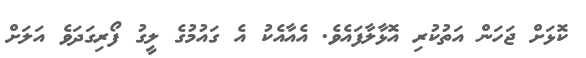
ކޮޅަށް ޖަހަން އަތުކުރި އޮޅާލާފަައެވެ. އެއާއެކު އެ ގައުމުގެ ލީގު ފޯރިގަދަވެ އަލަށް